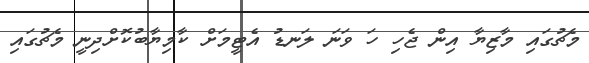
މެޗުގައި މާޒިޔާ އިން ޖެހި ހަ ވަނަ ލަނޑު އެޓީމަށް ކާމިޔާބުކޮށްދިނީ މެޗުގައި